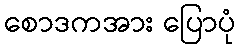
စောဒကအား ပြောပုံ